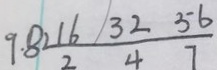
9 . 8 2 \frac { 1 6 } { 2 } \frac { 3 2 } { 4 } \frac { 5 6 } { 7 }